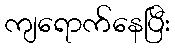
ကျရောက်နေပြီး